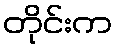
တိုင်းက